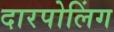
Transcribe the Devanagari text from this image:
दारपोलिंग